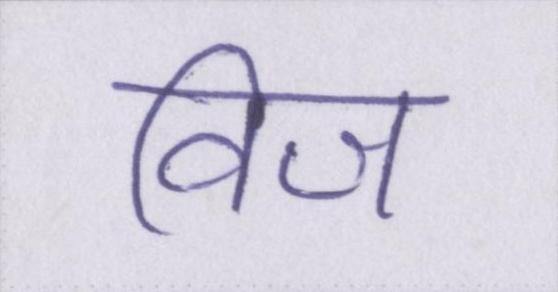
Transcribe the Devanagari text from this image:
विज